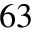
^ { 6 3 }